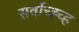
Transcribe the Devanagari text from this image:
सर्वोच्ह्च्ह